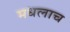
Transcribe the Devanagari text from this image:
मधलाच